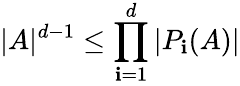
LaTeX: |A|^{d-1}\leq\prod_{\mathbf{i}=1}^{d}|P_{\mathbf{i}}(A)|